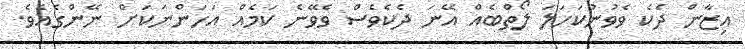
އިޒާން ދެކެ ވެވުނުކަހަލަ ލޯތްބެއް އޭނަ ދެކެވެސް ވެވޭނެ ކަމެއް އަހަންނަކަށް ނޭންގެއެވެ.